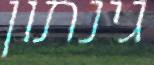
גינתון